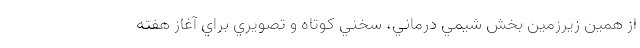
از همين زيرزمين بخش شيمي درماني، سخني كوتاه و تصويري براي آغاز هفته